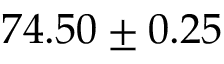
7 4 . 5 0 \pm 0 . 2 5